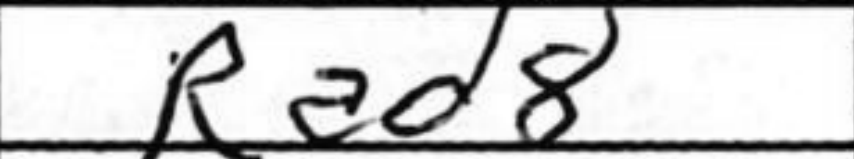
Transcription: Rad8